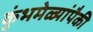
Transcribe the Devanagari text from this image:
कुंभमेळ्यांपैकी